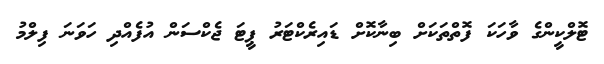
ޓޮލްކީންގެ ވާހަކަ ފޮތްތަކަށް ބިނާކޮށް ޑައިރެކްޓަރު ޕީޓަ ޖެކްސަން އުފެއްދި ހަވަނަ ފިލްމު